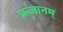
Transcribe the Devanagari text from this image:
फ्रजानम्